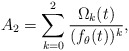
\begin{align*}A_{2}=\sum_{k=0}^{2}{\Omega_{k}(t)\over (f_{\theta}(t))^{k}},\end{align*}